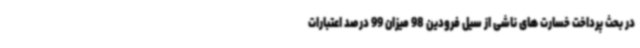
در بحث پرداخت خسارت های ناشی از سیل فرودین 98 میزان 99 درصد اعتبارات